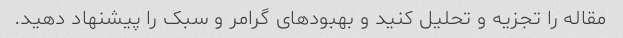
مقاله را تجزیه و تحلیل کنید و بهبودهای گرامر و سبک را پیشنهاد دهید.